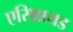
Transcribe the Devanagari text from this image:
एरिथ्रायड